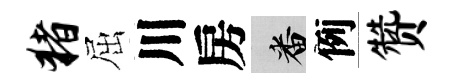
猪屈川房番例赞